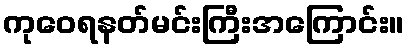
ကုဝေရနတ်မင်းကြီးအကြောင်း။